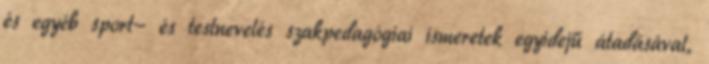
és egyéb sport- és testnevelés szakpedagógiai ismeretek egyidejű átadásával,